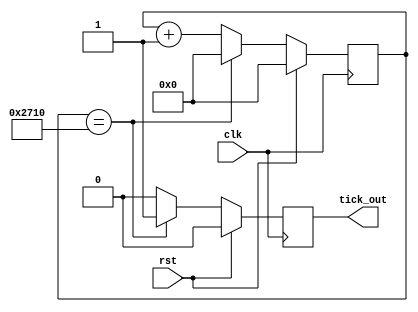
// This program was cloned from: https://github.com/chicken8848/RISKY
// License: MIT License

module ms_counter (
  input clk,
  input rst,
  output reg tick_out // tick_out on ms
);

reg [14:0] tick_counter;

always @(posedge clk) begin
  if (rst) begin
    tick_counter = 0;
    tick_out <= 0;
  end
  else if (tick_counter == 10000) begin
    tick_out <= 1'b1;
    tick_counter <= 0;
  end
  else begin
    tick_out <= 1'b0;
    tick_counter <= tick_counter + 1;
  end
end
endmodule